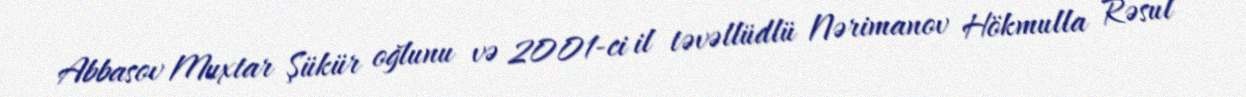
Abbasov Muxtar Şükür oğlunu və 2001-ci il təvəllüdlü Nərimanov Hökmulla Rəsul